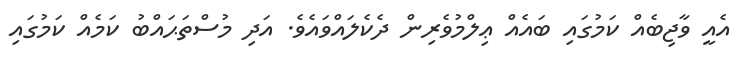
އެއީ ވާޖިބެއް ކަމުގައި ބައެއް ޢިލްމުވެރިން ދެކެލައްވައެވެ. އަދި މުސްތަޙައްބު ކަމެއް ކަމުގައި